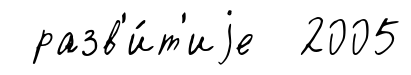
разв'и́т'иjе 2005